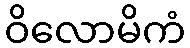
ဝိလောမိကံ